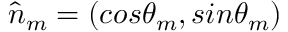
\hat { n } _ { m } = ( c o s \theta _ { m } , s i n \theta _ { m } )